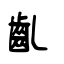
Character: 齓